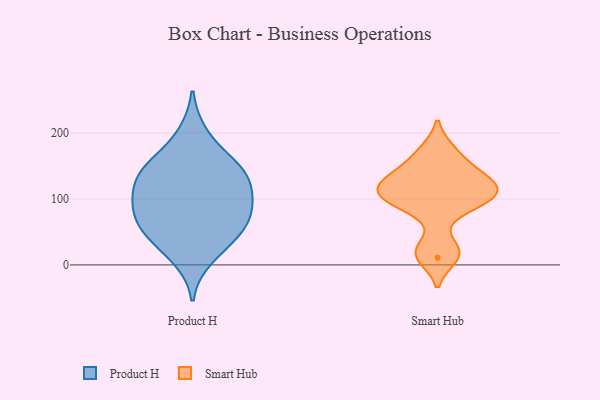
{"axis": {"x": "Page Views", "y": "Value"}, "legend": ["Product H", "Smart Hub"], "data": [{"x": "", "y": 83, "type": "Product H"}, {"x": "", "y": 64, "type": "Product H"}, {"x": "", "y": 126, "type": "Product H"}, {"x": "", "y": 10, "type": "Product H"}, {"x": "", "y": 39, "type": "Product H"}, {"x": "", "y": 58, "type": "Product H"}, {"x": "", "y": 91, "type": "Product H"}, {"x": "", "y": 135, "type": "Product H"}, {"x": "", "y": 107, "type": "Product H"}, {"x": "", "y": 199, "type": "Product H"}, {"x": "", "y": 43, "type": "Product H"}, {"x": "", "y": 139, "type": "Product H"}, {"x": "", "y": 91, "type": "Product H"}, {"x": "", "y": 153, "type": "Product H"}, {"x": "", "y": 154, "type": "Product H"}, {"x": "", "y": 11, "type": "Smart Hub"}, {"x": "", "y": 107, "type": "Smart Hub"}, {"x": "", "y": 115, "type": "Smart Hub"}, {"x": "", "y": 147, "type": "Smart Hub"}, {"x": "", "y": 97, "type": "Smart Hub"}, {"x": "", "y": 25, "type": "Smart Hub"}, {"x": "", "y": 174, "type": "Smart Hub"}, {"x": "", "y": 133, "type": "Smart Hub"}, {"x": "", "y": 88, "type": "Smart Hub"}, {"x": "", "y": 120, "type": "Smart Hub"}]}